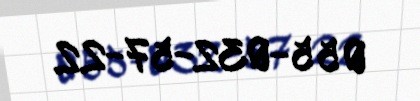
055-032-57-22